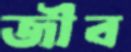
জীব